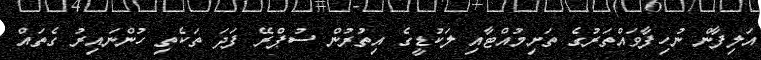
އަލިފާން ނުހިފާވައްތަރުގެ ތަށިމުއްޓާއި ލަކުޑީގެ އިތުރުން ސުޕްރޭ ފަދަ ތަކެތި ހުންނައިރު ގެތައް